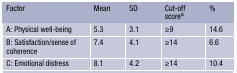
<table><thead><tr><td><b>Factor</b></td><td><b>Mean</b></td><td><b>SD</b></td><td><b>Cut-off score<sup>a</sup></b></td><td><b>%</b></td></tr></thead><tbody><tr><td>A: Physical well-being</td><td>5.3</td><td>3.1</td><td>≥9</td><td>14.6</td></tr><tr><td>B: Satisfaction/sense of coherence</td><td>7.4</td><td>4.1</td><td>≥14</td><td>6.6</td></tr><tr><td>C: Emotional distress</td><td>8.1</td><td>4.2</td><td>≥14</td><td>10.4</td></tr></tbody></table>